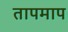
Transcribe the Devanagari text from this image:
तापमाप